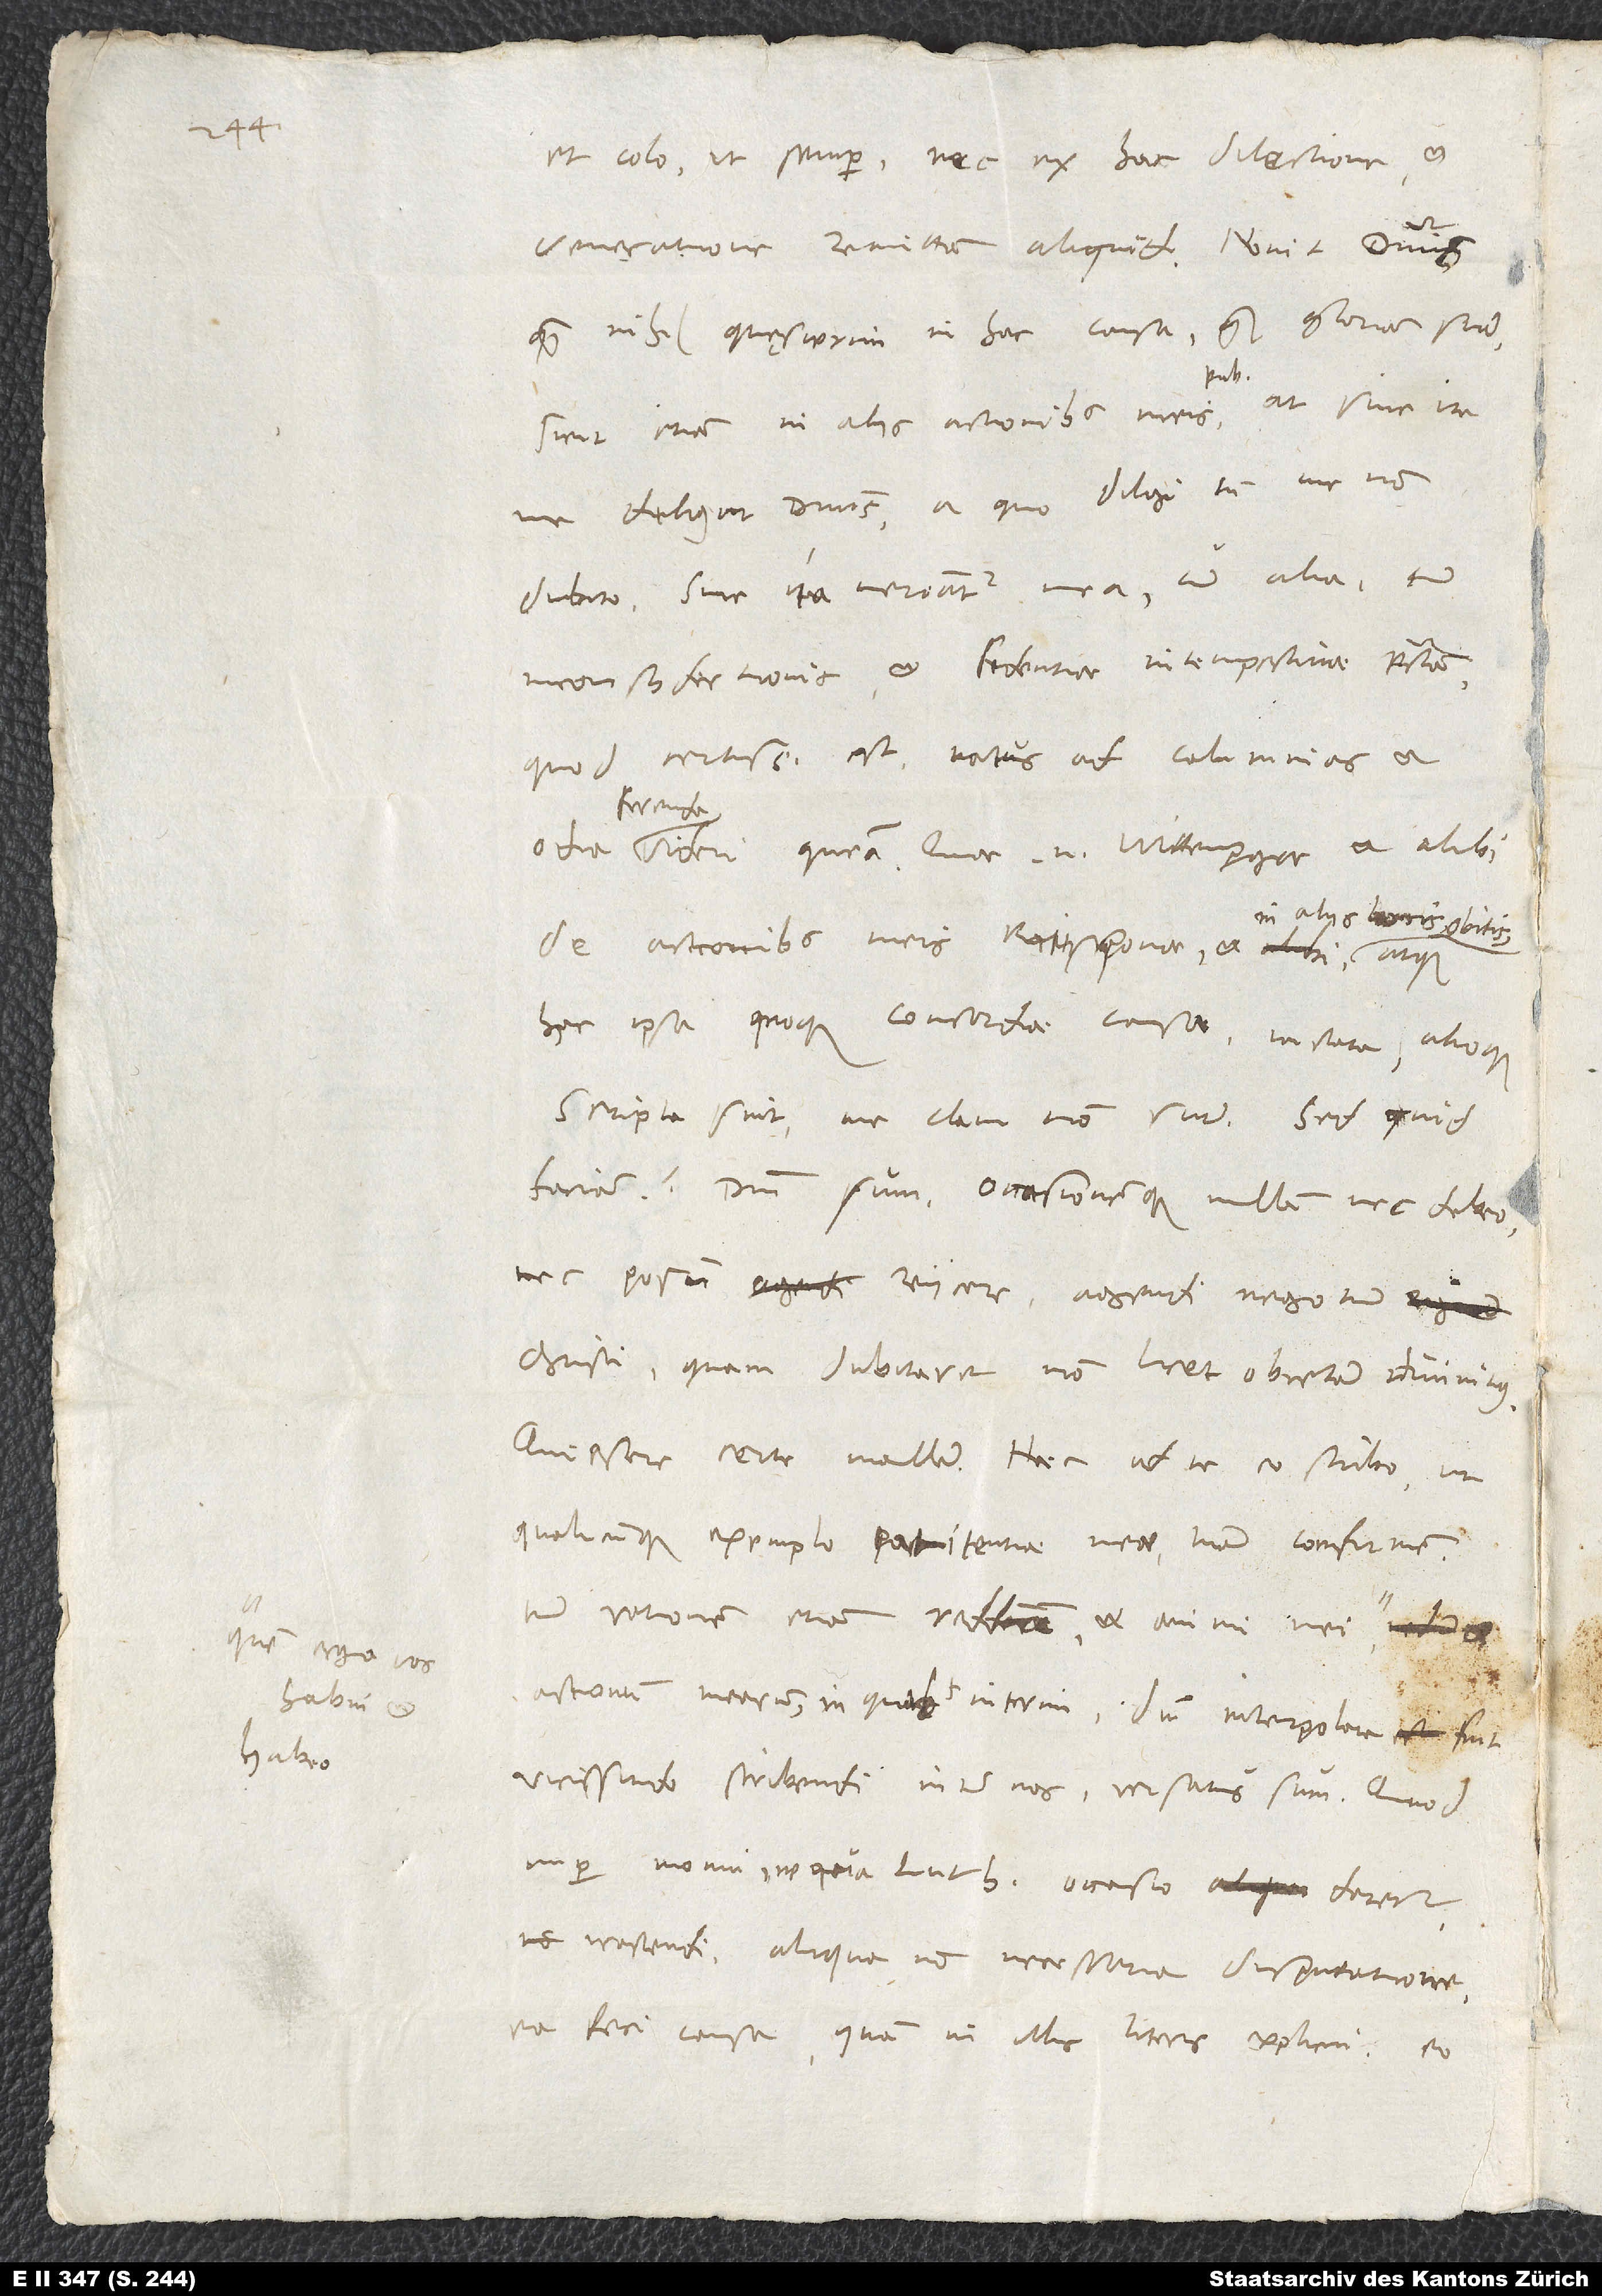
quem erga vos
habui et

et colo ut semper nec ex hac dilectione et
veneratione remittam aliquid. Novit dominus,
quam nihil quęsierim in hac causa quam gloriam suam
sicut etiam in aliis actionibus meis publicis.
me diligat dominus, a quo diligi tamen me non
dubito, sive ita mereantur mea cum alia tum
inconsyderationis et fidentiae intempestivae peccata,
quod certissimum est, natus ad calumnias et
ferenda
videri queam. Quae enim Wittenpergae et alibi
de actionibus meis Ratisponae et in
hac ipsa quoque concordiae causa iactata alioque
scripta sint, me clam non sunt. Sed quid
faciam? Domini sum occasionemque nullam nec debeo
nec possum reiicere agendi negotium
Christi, quam dubitare non licet obiectam divinitus.
qualicunque exemplo patientiae meae tuam confirmem,
rationem etiam reddam et animi mei,
actionum mearum, in quibus interim, dum interpolata fuit
vicissitudo scribendi inter nos, versatus sum. Quod
nuper monui, ne qua Luthero occasio daretur
irascendi aliqua non necessaria disputatione,
ea feci causa, quam in illis literis explicavi. Eo